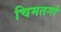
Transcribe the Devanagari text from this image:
चिमतर्गा